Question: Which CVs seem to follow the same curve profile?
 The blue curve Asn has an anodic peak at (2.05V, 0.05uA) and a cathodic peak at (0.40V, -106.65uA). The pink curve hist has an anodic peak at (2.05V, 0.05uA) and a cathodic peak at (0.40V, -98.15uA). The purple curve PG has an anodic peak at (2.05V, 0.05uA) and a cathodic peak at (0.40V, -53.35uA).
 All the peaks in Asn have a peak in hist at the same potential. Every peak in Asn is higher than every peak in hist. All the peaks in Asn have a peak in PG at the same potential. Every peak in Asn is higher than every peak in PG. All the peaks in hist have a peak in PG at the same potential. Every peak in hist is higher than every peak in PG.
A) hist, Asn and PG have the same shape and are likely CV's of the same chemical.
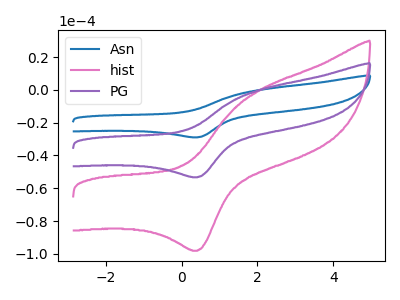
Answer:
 <answer>A) "hist", "Asn" and "PG" have the same shape and are likely CV's of the same chemical.</answer>
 <eval>A</eval>